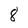
Character: 8